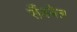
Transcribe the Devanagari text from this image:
सैंडबेल